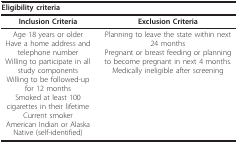
<table><thead><tr><td colspan="2"><b>Eligibility criteria</b></td></tr></thead><tbody><tr><td><b>Inclusion Criteria</b></td><td><b>Exclusion Criteria</b></td></tr><tr><td>Age 18 years or olderHave a home address and telephone numberWilling to participate in all study componentsWilling to be followed-up for 12 monthsSmoked at least 100 cigarettes in their lifetimeCurrent smokerAmerican Indian or Alaska Native (self-identified)</td><td>Planning to leave the state within next 24 monthsPregnant or breast feeding or planning to become pregnant in next 4 months.Medically ineligible after screening</td></tr></tbody></table>